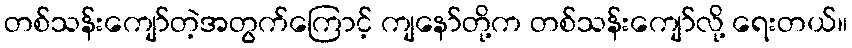
တစ်သန်းကျော်တဲ့အတွက်ကြောင့် ကျနော်တို့က တစ်သန်းကျော်လို့ ရေးတယ်။